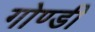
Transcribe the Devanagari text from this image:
गोण्डी